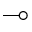
\multimap